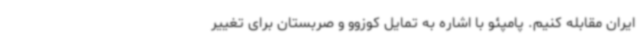
ایران مقابله کنیم. پامپئو با اشاره به تمایل کوزوو و صربستان برای تغییر